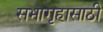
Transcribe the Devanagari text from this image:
सभागृहासाठी